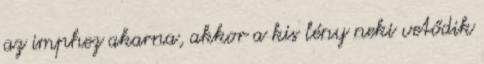
az imphez akarna, akkor a kis lény neki vetődik